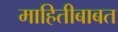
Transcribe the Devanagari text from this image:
माहितीबाबत